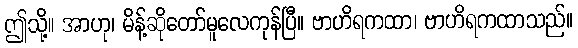
ဤသို့။ အာဟု၊ မိန့်ဆိုတော်မူလေကုန်ပြီ။ ဗာဟိရကထာ၊ ဗာဟိရကထာသည်။